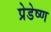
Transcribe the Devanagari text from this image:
प्रेडेष्ण